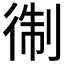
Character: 𱝱